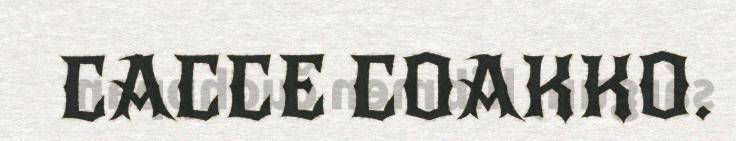
CACCE COAKKO.